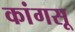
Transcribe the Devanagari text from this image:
कांगसू